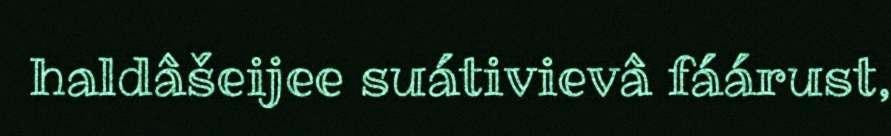
haldâšeijee suátivievâ fáárust,